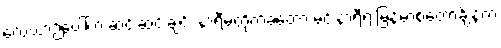
လေယာဉ်ပေါ်က ဆင်းဆင်းချင်း နာရီမတိုက်ခဲ့တော့ မင်းနာရီရဲ့ မြန်မာစံတော်ချိန်က